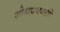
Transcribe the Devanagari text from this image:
शोधप्रबन्धों